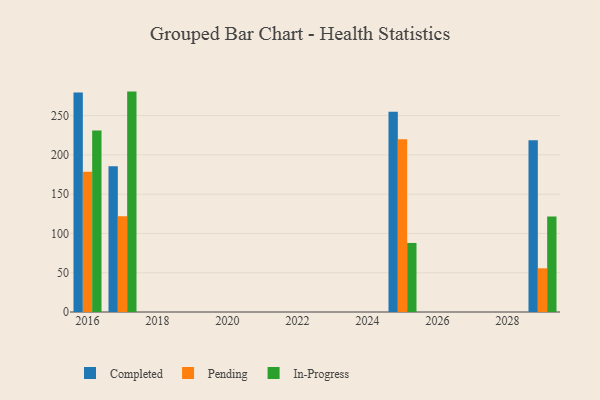
{"axis": {"x": "Year", "y": "Gross Profit (USD K)"}, "legend": ["Completed", "In-Progress", "Pending"], "data": [{"x": "2029", "y": 218.8, "type": "Completed"}, {"x": "2029", "y": 55.6, "type": "Pending"}, {"x": "2029", "y": 121.6, "type": "In-Progress"}, {"x": "2016", "y": 279.6, "type": "Completed"}, {"x": "2016", "y": 178.6, "type": "Pending"}, {"x": "2016", "y": 231.2, "type": "In-Progress"}, {"x": "2017", "y": 185.5, "type": "Completed"}, {"x": "2017", "y": 122.0, "type": "Pending"}, {"x": "2017", "y": 280.6, "type": "In-Progress"}, {"x": "2025", "y": 254.9, "type": "Completed"}, {"x": "2025", "y": 220.0, "type": "Pending"}, {"x": "2025", "y": 87.9, "type": "In-Progress"}]}